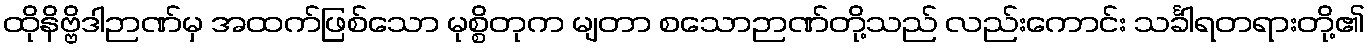
ထိုနိဗ္ဗိဒါဉာဏ်မှ အထက်ဖြစ်သော မုစ္စိတုက မျတာ စသောဉာဏ်တို့သည် လည်းကောင်း သင်္ခါရတရားတို့၏